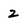
Character: 2